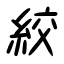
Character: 絞